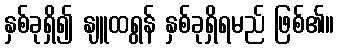
နှစ်ခုရှိ၍ နျူထရွန် နှစ်ခုရှိရမည် ဖြစ်၏။